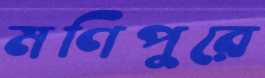
মণিপুরে